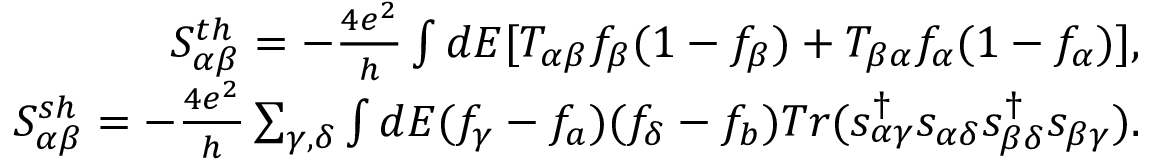
\begin{array} { r } { { S _ { \alpha \beta } ^ { t h } = - \frac { 4 e ^ { 2 } } { h } \int d E [ T _ { \alpha \beta } f _ { \beta } ( 1 - f _ { \beta } ) + T _ { \beta \alpha } f _ { \alpha } ( 1 - f _ { \alpha } ) ] } , } \\ { { S _ { \alpha \beta } ^ { s h } = - \frac { 4 e ^ { 2 } } { h } \sum _ { \gamma , \delta } \int d E ( f _ { \gamma } - f _ { a } ) ( f _ { \delta } - f _ { b } ) T r ( s _ { \alpha \gamma } ^ { \dagger } s _ { \alpha \delta } s _ { \beta \delta } ^ { \dagger } s _ { \beta \gamma } ) } . } \end{array}